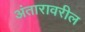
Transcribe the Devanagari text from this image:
अंतारावरील